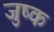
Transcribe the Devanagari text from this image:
जुष्क